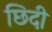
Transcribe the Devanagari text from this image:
छिदी